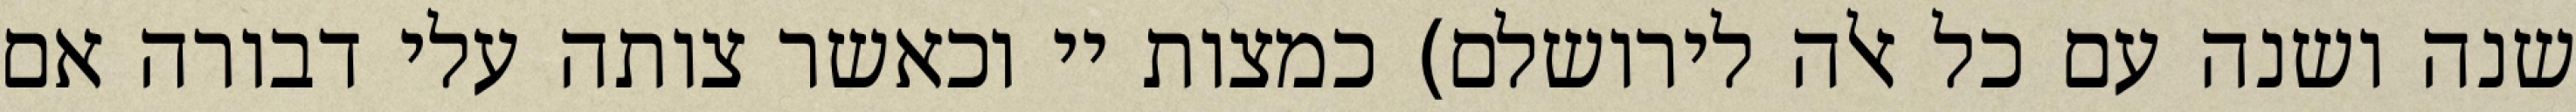
שנה ושנה עם כל אלה לירושלם) כמצות יי וכאשר צותה עלי דבורה אם